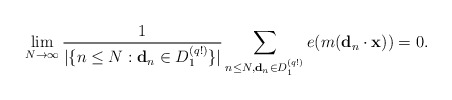
\begin{align*}\lim_{N \rightarrow \infty} \frac{1}{ | \{ n \leq N : \bold{d}_n \in D_1^{(q!)} \} | } \sum_{n \leq N, \bold{d}_n \in D_1^{(q!)} } e (m (\bold{d}_{n} \cdot \bold{x})) =0.\end{align*}